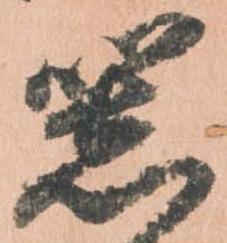
器